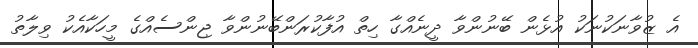
އެ ޒުވާނަކުނަކު އުޅެން ބޭނުންވާ ދީނެއްގާ ހިތް އުފާކުރަންބޭނުންވާ ޖިންސެއްގެ މީހަކާއެކު ވިލާތު